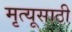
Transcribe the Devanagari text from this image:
मृत्यूसाठी